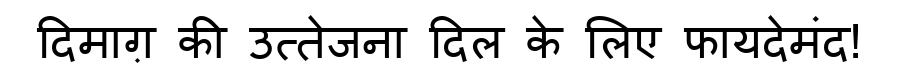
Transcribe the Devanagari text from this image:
दिमाग़ की उत्तेजना दिल के लिए फायदेमंद!